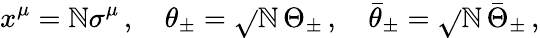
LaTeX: x^{\mu}=\mathbb{N}\sigma^{\mu}\, ,\quad\theta_{\pm}=\sqrt{}{{\mathbb{N}}}\, \Theta_{\pm}\, ,\quad\bar{{\theta}}_{\pm}=\sqrt{}{{\mathbb{N}}}\, \bar{{\Theta}}_{\pm}\, ,